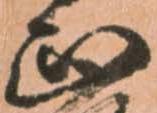
正